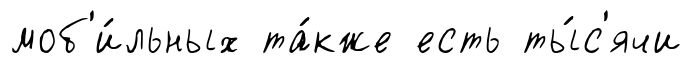
моб'и́льных та́кже есть ты́с'ячи